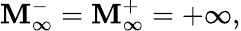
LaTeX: \mathbf{M}_{\infty}^{-}=\mathbf{M}_{\infty}^{+}=+\infty,